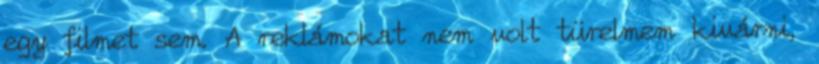
egy filmet sem. A reklámokat nem volt türelmem kivárni,